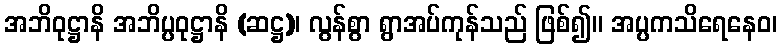
အဘိဝုဋ္ဌာနိ အဘိပ္ပဝုဋ္ဌာနိ (ဆဋ္ဌ)၊ လွန်စွာ ရွာအပ်ကုန်သည် ဖြစ်၍။ အပ္ပကသိရေနေဝ၊